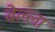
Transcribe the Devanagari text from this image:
बेल्ला